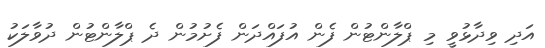
އަދި ވިދާޅުވީ މި ޕްލާންޓުން ފެން އުފައްދަން ފެށުމުން ދެ ޕްލާންޓުން ދުވާލަކު